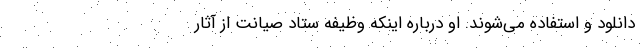
دانلود و استفاده می‌شوند. او درباره اینکه وظیفه ستاد صیانت از آثار